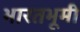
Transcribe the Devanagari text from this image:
भारतभूमी